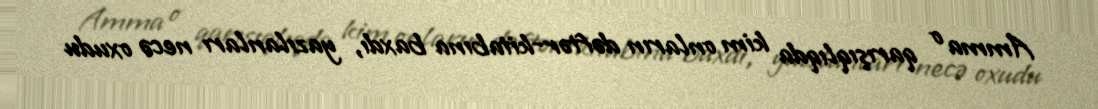
Amma o qarışıqlıqda kim onların dəftər-kitabına baxdı, yazılanları necə oxudu